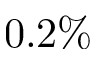
0 . 2 \%